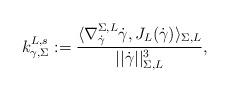
LaTeX: \begin{align*}k^{L,s}_{\gamma,\Sigma}:=\frac{\langle \nabla^{\Sigma,L}_{\dot{\gamma}}{\dot{\gamma}},J_L(\dot{\gamma})\rangle_{\Sigma,L}}{||\dot{\gamma}||^3_{\Sigma,L}},\end{align*}